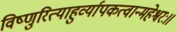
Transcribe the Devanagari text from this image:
विष्णुरित्याहुर्व्यापकत्वान्महेश्वरः॥